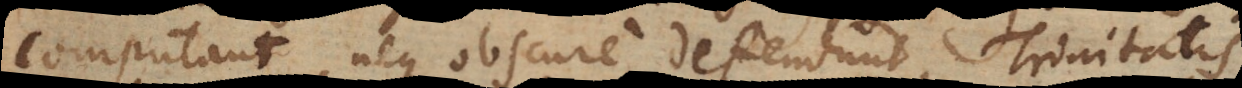
computant, neque obscure defendunt, Trinitatis